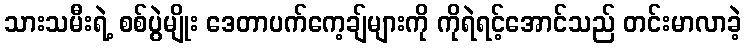
သားသမီးရဲ့ စစ်ပွဲမျိုး ဒေတာပက်ကေ့ချ်များကို ကိုရဲရင့်အောင်သည် တင်းမာလာခဲ့